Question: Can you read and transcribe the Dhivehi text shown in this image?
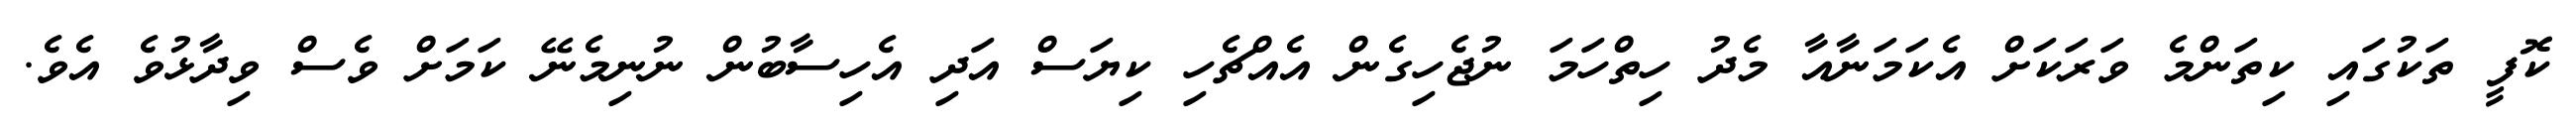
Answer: ކޮފީ ތަކުގައި ކިތަންމެ ވަރަކަށް އެކަމަނާއާ މެދު ހިތްހަމަ ނުޖެހިގެން އެއްޗެހި ކިޔަސް އަދި އެހިސާބުން ނުނިމެނޭ ކަމަށް ވެސް ވިދާޅުވެ އެވެ.